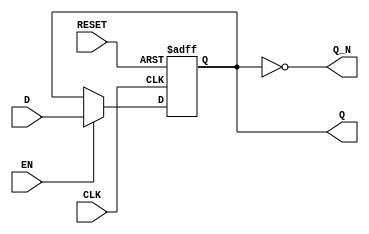
module gated_latch (
    input wire D,        // Data input
    input wire CLK,      // Clock input
    input wire EN,       // Enable input
    input wire RESET,    // Reset input (optional)
    output reg Q,        // Output representing the stored value
    output wire Q_N      // Complement of the output
);

    // Complement output
    assign Q_N = ~Q;

    // Sequential logic block
    always @(posedge CLK or posedge RESET) begin
        if (RESET) begin
            Q <= 1'b0; // Reset Q to 0 when RESET is asserted
        end else if (EN) begin
            Q <= D;    // Update Q with D on the rising edge of CLK if EN is high
        end
        // If EN is low, Q retains its previous state
    end

endmodule